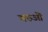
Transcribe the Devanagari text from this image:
चरुओं